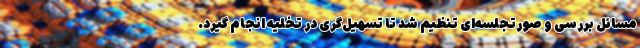
مسائل بررسی و صورتجلسه‌ای تنظیم شد تا تسهیل‌گری در تخلیه انجام گیرد.